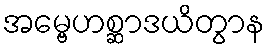
အမ္ဗေဟစ္ဆာဒယိတွာန